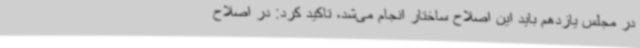
در مجلس یازدهم باید این اصلاح ساختار انجام می‌شد، تاکید کرد: در اصلاح